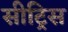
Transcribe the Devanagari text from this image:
सीट्रिस